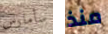
سأمارس منذ